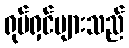
ရုပ်ရှင်များသည်